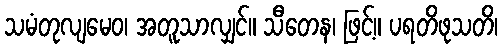
သမံတုလျမေဝ၊ အတူသာလျှင်။ သီတေန၊ ဖြင့်။ ပရတိဖုသတိ၊